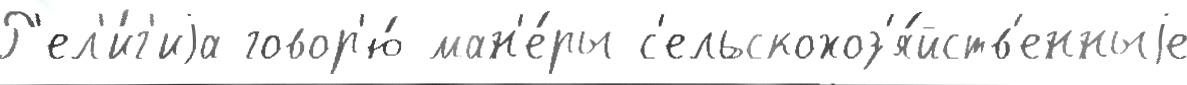
Р'ел'и́г'иjа говор'ю́ ман'е́ры с'ельскохоз'я́йств'енныjе